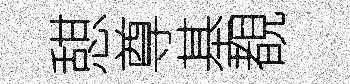
憇尊基覩